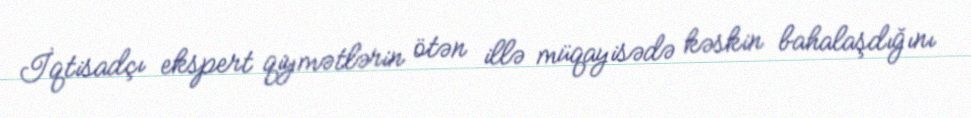
İqtisadçı ekspert qiymətlərin ötən illə müqayisədə kəskin bahalaşdığını